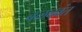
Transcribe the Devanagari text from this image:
बळबवंत